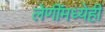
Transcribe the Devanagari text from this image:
लेणींमध्येही